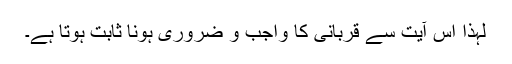
لہٰذا اس آیت سے قربانی کا واجب و ضروری ہونا ثابت ہوتا ہے۔